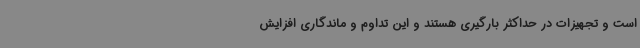
است و تجهیزات در حداکثر بارگیری هستند و این تداوم و ماندگاری افزایش